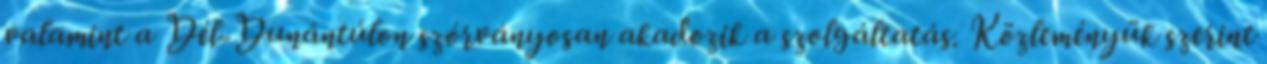
valamint a Dél-Dunántúlon szórványosan akadozik a szolgáltatás. Közleményük szerint